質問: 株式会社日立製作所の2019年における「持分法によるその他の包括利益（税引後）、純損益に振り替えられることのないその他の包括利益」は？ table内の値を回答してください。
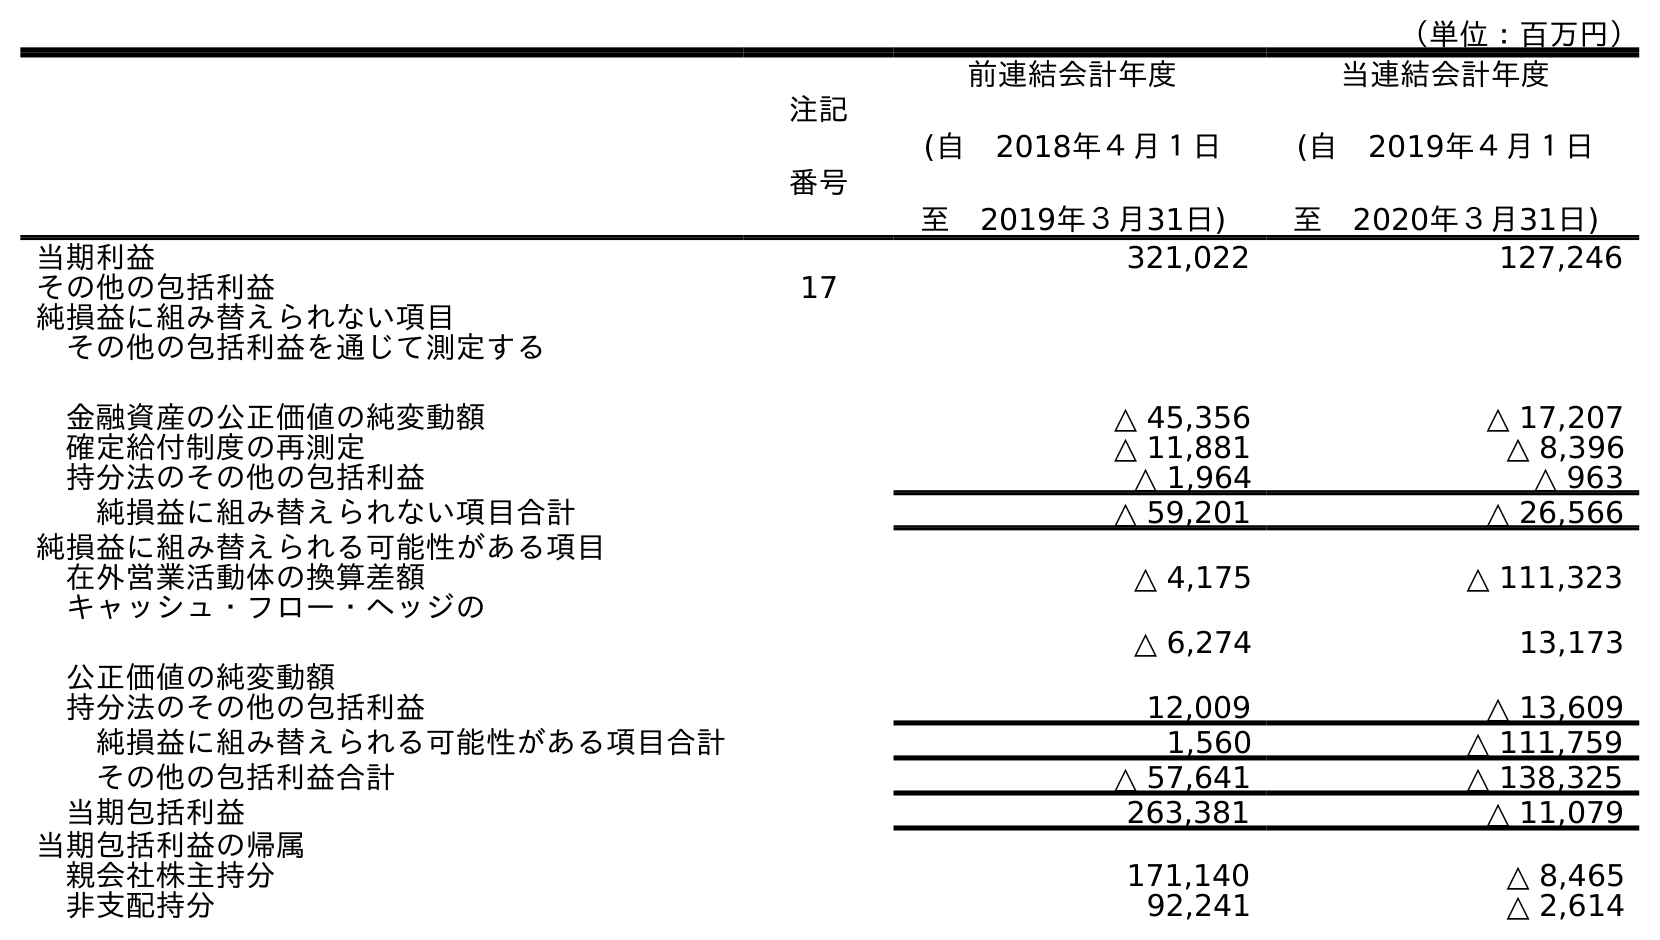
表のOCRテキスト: （単位：百万円） 注記 番号 前連結会計年度 (自 2018年４月１日 至 2019年３月31日) 当連結会計年度 (自 2019年４月１日 至 2020年３月31日) 当期利益 321,022 127,246 その他の包括利益 17 純損益に組み替えられない項目 その他の包括利益を通じて測定する 金融資産の公正価値の純変動額 △ 45,356 △ 17,207 確定給付制度の再測定 △ 11,881 △ 8,396 持分法のその他の包括利益 △ 1,964 △ 963 純損益に組み替えられない項目合計 △ 59,201 △ 26,566 純損益に組み替えられる可能性がある項目 在外営業活動体の換算差額 △ 4,175 △ 111,323 キャッシュ・フロー・ヘッジの 公正価値の純変動額 △ 6,274 13,173 持分法のその他の包括利益 12,009 △ 13,609 純損益に組み替えられる可能性がある項目合計 1,560 △ 111,759 その他の包括利益合計 △ 57,641 △ 138,325 当期包括利益 263,381 △ 11,079 当期包括利益の帰属 親会社株主持分 171,140 △ 8,465 非支配持分 92,241 △ 2,614
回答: △1,964